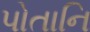
પોતાનિ